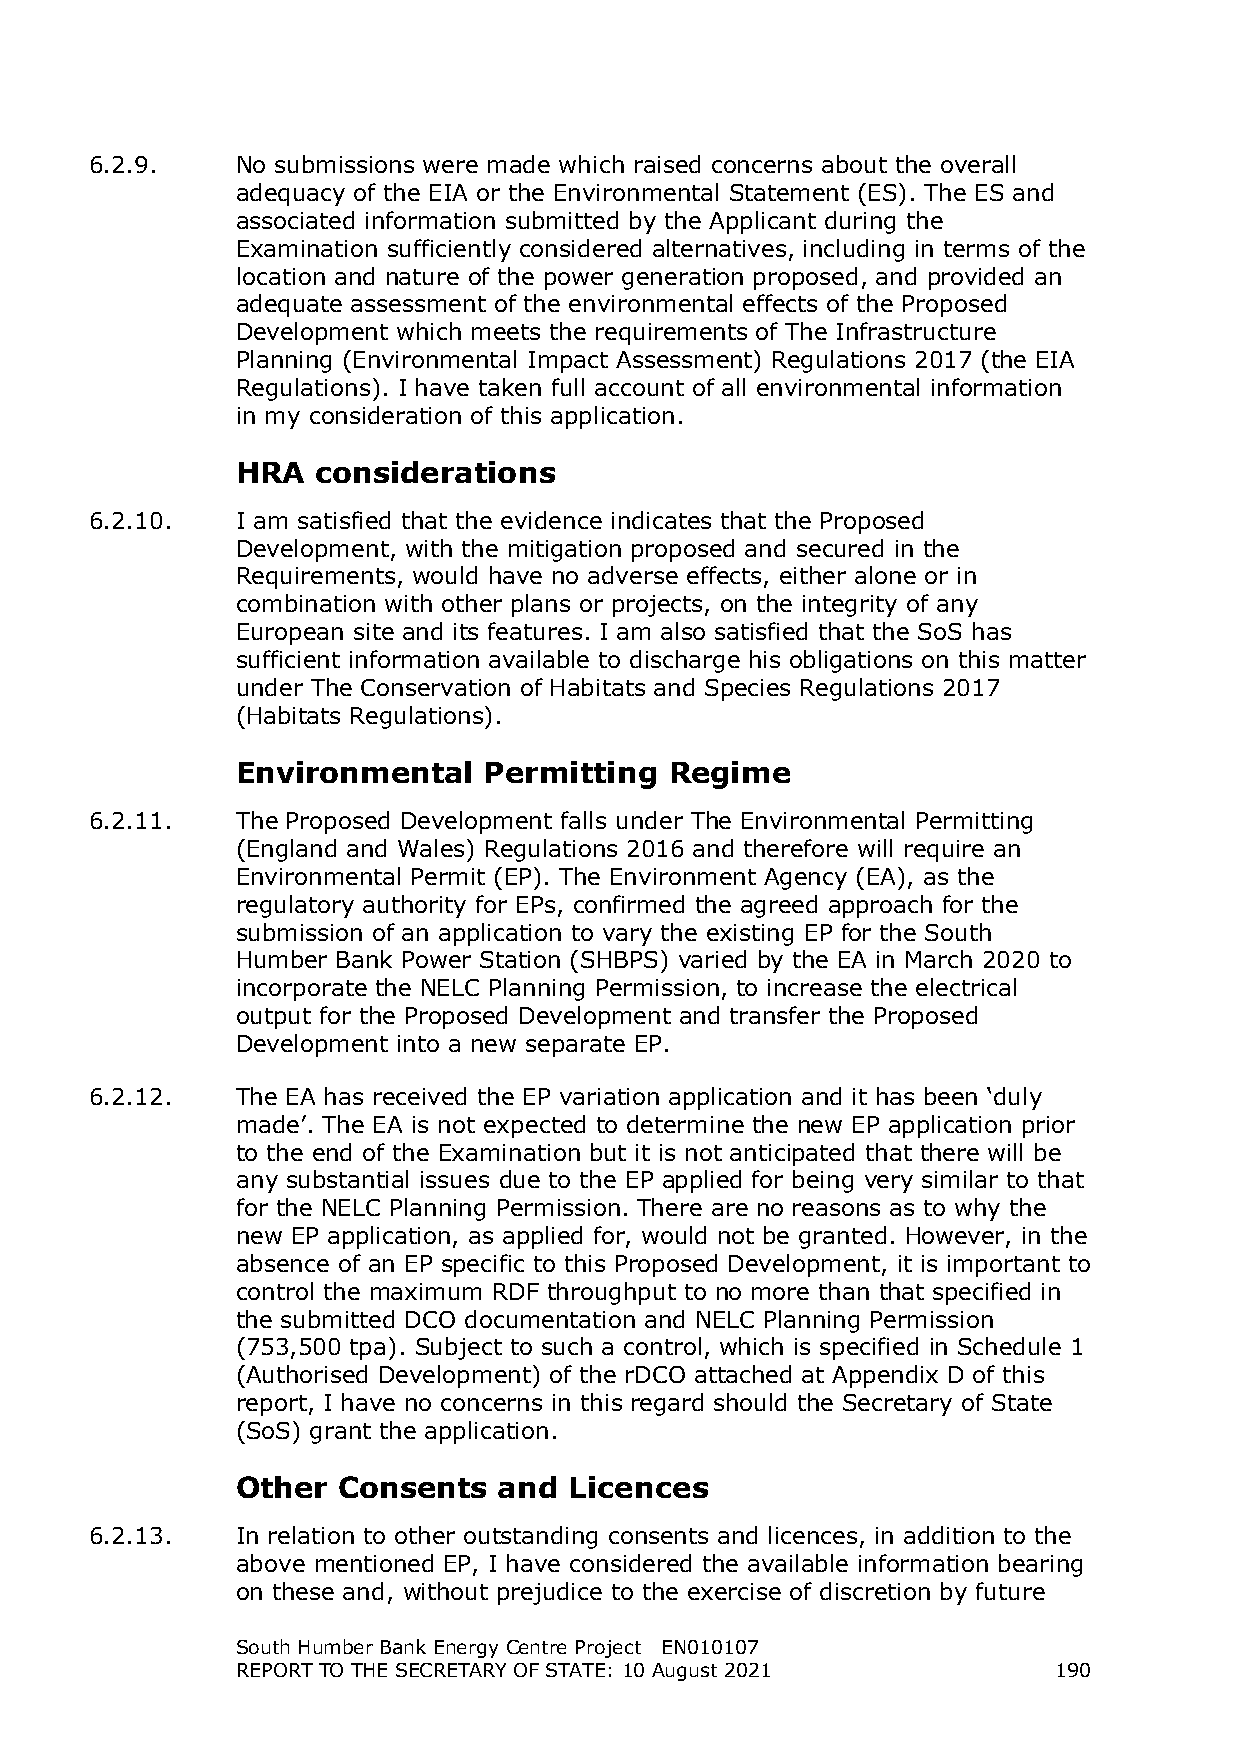
6.2.9.    No submissions were made which raised concerns about the overall
 adequacy of the EIA or the Environmental Statement (ES). The ES and
 associated information submitted by the Applicant during the
 Examination sufficiently considered alternatives, including in terms of the
 location and nature of the power generation proposed, and provided an
 adequate assessment of the environmental effects of the Proposed
 Development which meets the requirements of The Infrastructure
 Planning (Environmental Impact Assessment) Regulations 2017 (the EIA
 Regulations). I have taken full account of all environmental information
 in my consideration of this application.
 HRA  considerations
 6.2.10.   I am satisfied that the evidence indicates that the Proposed
 Development, with the mitigation proposed and secured in the
 Requirements, would have no adverse effects, either alone or in
 combination with other plans or projects, on the integrity of any
 European site and its features. I am also satisfied that the SoS has
 sufficient information available to discharge his obligations on this matter
 under The Conservation of Habitats and Species Regulations 2017
 (Habitats Regulations).
 Environmental   Permitting  Regime
 6.2.11.   The Proposed Development falls under The Environmental Permitting
 (England and Wales) Regulations 2016 and therefore will require an
 Environmental Permit (EP). The Environment Agency (EA), as the
 regulatory authority for EPs, confirmed the agreed approach for the
 submission of an application to vary the existing EP for the South
 Humber Bank Power Station (SHBPS) varied by the EA in March 2020 to
 incorporate the NELC Planning Permission, to increase the electrical
 output for the Proposed Development and transfer the Proposed
 Development into a new separate EP.
 6.2.12.   The EA has received the EP variation application and it has been ‘duly
 made’. The EA is not expected to determine the new EP application prior
 to the end of the Examination but it is not anticipated that there will be
 any substantial issues due to the EP applied for being very similar to that
 for the NELC Planning Permission. There are no reasons as to why the
 new EP application, as applied for, would not be granted. However, in the
 absence of an EP specific to this Proposed Development, it is important to
 control the maximum RDF throughput to no more than that specified in
 the submitted DCO documentation and NELC Planning Permission
 (753,500 tpa). Subject to such a control, which is specified in Schedule 1
 (Authorised Development) of the rDCO attached at Appendix D of this
 report, I have no concerns in this regard should the Secretary of State
 (SoS) grant the application.
 Other Consents   and  Licences
 6.2.13.   In relation to other outstanding consents and licences, in addition to the
 above mentioned EP, I have considered the available information bearing
 on these and, without prejudice to the exercise of discretion by future
 South Humber Bank Energy Centre Project EN010107
 REPORT TO THE SECRETARY OF STATE: 10 August 2021      190